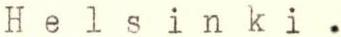
Helsinki.